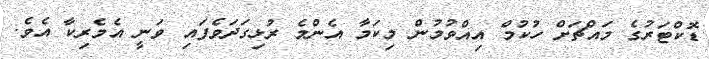
ޑޮކްޓަރުގެ މައްޗަށް ހުކުމް އިއްވުމުން މިކަމާ އެންމެ ރުޅިގަދަވެފައި ވަނީ އެމެރިކާ އެވެ.